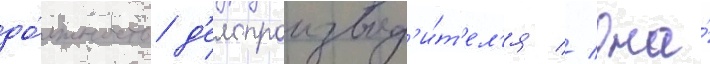
до́лжность д'елопроизвод'и́т'ел'я // Она́